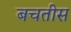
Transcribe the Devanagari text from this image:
बचतीस